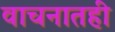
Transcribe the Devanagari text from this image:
वाचनातही